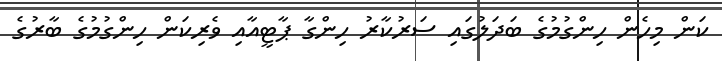
ކަން މިހެން ހިންގުމުގެ ބަދަލުގައި ސަރުކާރު ހިންގާ ޕާޓީއާއި ވެރިކަން ހިންގުމުގެ ބާރުގެ